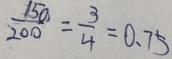
\frac { 1 5 0 } { 2 0 0 } = \frac { 3 } { 4 } = 0 . 7 5